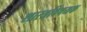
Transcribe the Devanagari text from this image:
शास्त्रविषयक